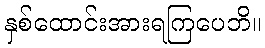
နှစ်ထောင်းအားရကြပေဘိ။